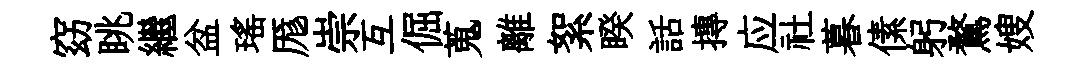
窈眺繼盆瑶厖崇互倔蒐離絮睽話摶应社暮傃躬鶩嫂